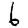
Digit: 6